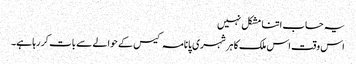
یہ حساب اتنا مشکل نہیں
اس وقت اس ملک کا ہر شہری پانامہ کیس کے حوالے سے بات کر رہا ہے۔